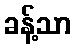
ခန့်သာ